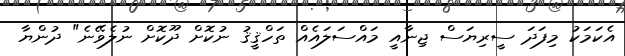
އެކަމަކު މިފަދަ ސީރިޔަސް ޖިނާއީ މައްސަލައެއް ތަހްޤީޤު ނުކޮށް ދޫކޮށް ނުލެވޭނެ" ދުންޔާ